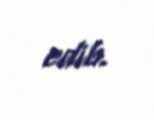
edib.